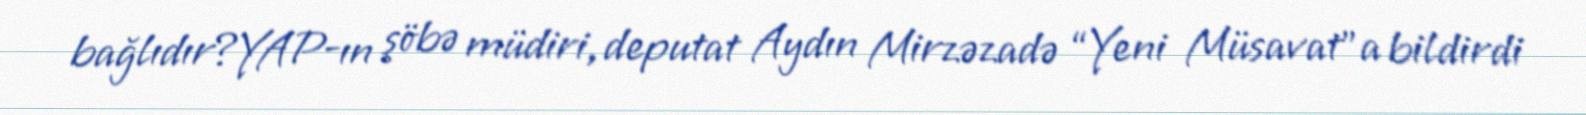
bağlıdır?YAP-ın şöbə müdiri, deputat Aydın Mirzəzadə “Yeni Müsavat”a bildirdi